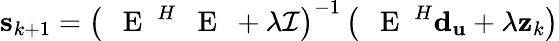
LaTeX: \mathbf{s}_{k+1}=\left(\mathrm{~\textbf~{~E~}~}^{H}\mathrm{~\textbf~{~E~}~}+\lambda{\mathcal{I}}\right)^{-1}\left(\mathrm{~\textbf~{~E~}~}^{H}\mathbf{d_{u}}+\lambda\mathbf{z}_{k}\right)